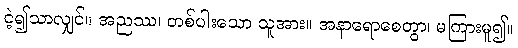
ငဲ့၍သာလျှင်။ အညဿ၊ တစ်ပါးသော သူအား။ အနာရောစေတွာ၊ မကြားမူ၍။